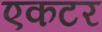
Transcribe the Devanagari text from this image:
एकटर